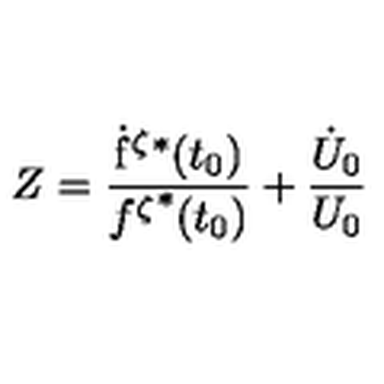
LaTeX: Z = \frac { \mathrm { { \dot { f } } ^ { \zeta } } ^ { * } ( t _ { 0 } ) } { { f ^ { \zeta } } ^ { * } ( t _ { 0 } ) } + \frac { \dot { U } _ { 0 } } { U _ { 0 } }